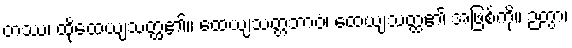
တဿ၊ ထိုထေယျသတ္ထ၏။ ထေယျသတ္တဘာဝံ၊ ထေယျသတ္ထ၏ အဖြစ်ကို။ ဉတွာ၊